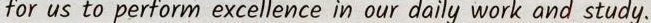
for us to perform excellence in our daily work and study.